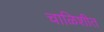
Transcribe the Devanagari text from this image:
चाळिशीत